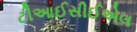
ટીઆઈસીઈએલ